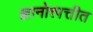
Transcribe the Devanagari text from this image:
ज्ञानोत्त्पत्तीत